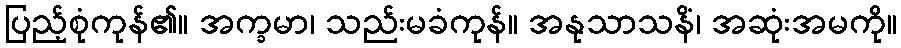
ပြည့်စုံကုန်၏။ အက္ခမာ၊ သည်းမခံကုန်။ အနုသာသနိံ၊ အဆုံးအမကို။